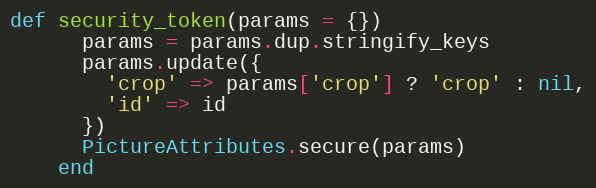
Language: Ruby
def security_token(params = {})
      params = params.dup.stringify_keys
      params.update({
        'crop' => params['crop'] ? 'crop' : nil,
        'id' => id
      })
      PictureAttributes.secure(params)
    end